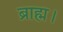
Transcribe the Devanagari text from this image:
ब्राह्म।